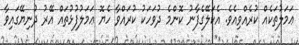
ޢަމަލުތަކެއް ކުރެއްވިއެވެ. އެކަލޭގެފާނު ކޮންމެ ދުވަހަކު ކުރައްވާ ހެޔޮ ޢަމަލުފުޅުތައް އޭރު ދުނިޔޭގައިވާ